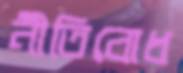
নীতিবোধ